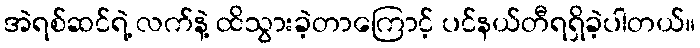
အဲရစ်ဆင်ရဲ့ လက်နဲ့ ထိသွားခဲ့တာကြောင့် ပင်နယ်တီရရှိခဲ့ပါတယ်။